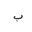
Letter: _ba